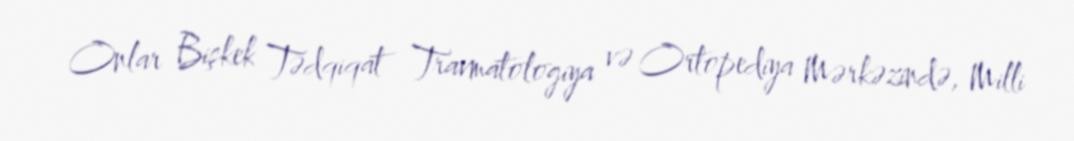
Onlar Bişkek Tədqiqat Travmatologiya və Ortopediya Mərkəzində, Milli